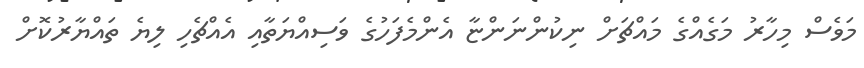
މަވެސް މިހާރު މަގެއްގެ މައްޗަށް ނިކުންނަންޏާ އެންމެފަހުގެ ވަސިއްޔަތާއި އެއްޗެހި ލިޔެ ތައްޔާރުކޮށް